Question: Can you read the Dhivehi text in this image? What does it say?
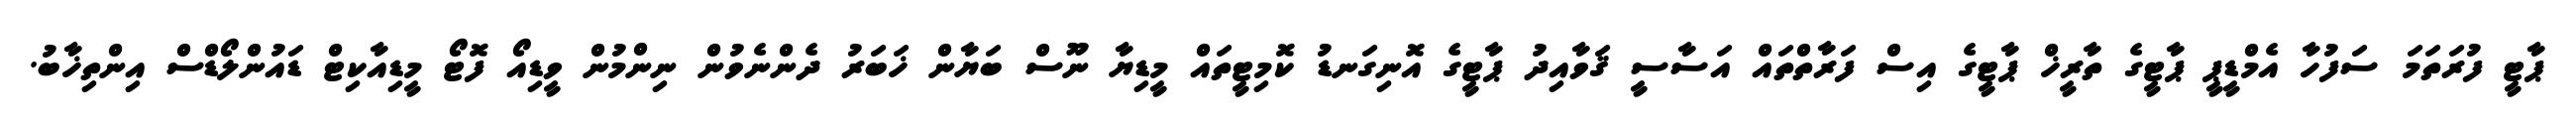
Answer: ޕާޓީ ފުރަތަމަ ސަފުހާ އެމްޑީޕީ ޕާޓީގެ ތާރީޚް ޕާޓީގެ އިސް ފަރާތްތައް އަސާސީ ޤަވާއިދު ޕާޓީގެ އޮނިގަނޑު ކޮމިޓީތައް މީޑިޔާ ނޫސް ބަޔާން ޚަބަރު ދެންނެވުން ނިންމުން ވީޑިއޯ ފޮޓޯ މީޑިއާކިޓް ޑައުންލޯޑްސް އިންތިޚާބު.